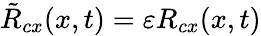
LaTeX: \tilde{R}_{cx}(x,t)=\varepsilon R_{cx}(x,t)